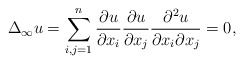
\begin{align*} \Delta_\infty u = \sum_{i,j=1}^n\frac{\partial u}{\partial x_i}\frac{\partial u}{\partial x_j}\frac{\partial^2 u}{\partial x_i\partial x_j}=0,\end{align*}